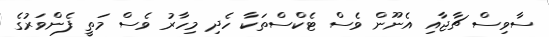
ސާވިސް ޗާޖާއި އެނޫން ވެސް ޓެކްސްތަކާ ހެދި މިހާރު ވެސް މަތީ ފެންވަރުގެ